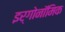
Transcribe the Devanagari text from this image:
इर्गोनॉमिक